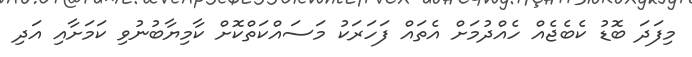
މިފަދަ ބޮޑު ކެބެޖެއް ހެއްދުމަށް އެތައް ފަހަރަކު މަސައްކަތްކޮށް ކާމިޔާބުނުވި ކަމަށާއި އަދި